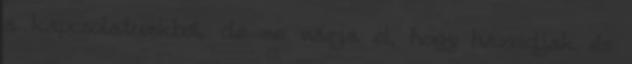
a kapcsolatunkból, de ne várja el, hogy hazudjak és